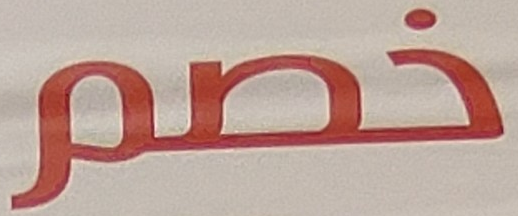
خصم